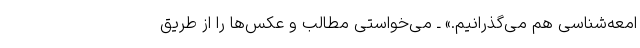
امعه‌شناسی هم می‌گذرانیم.» ـ می‌خواستی مطالب و عکس‌ها را از طریق